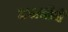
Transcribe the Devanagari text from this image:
उपाधीचे